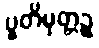
ပူတိမုတ္တဉ္စ